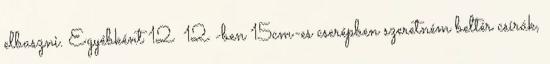
elbaszni. Egyébként 12 12 -ben 15cm-es cserépben szeretném beltér csírák,